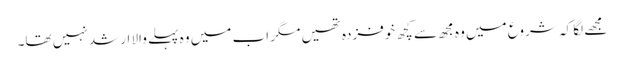
مجھے لگا کہ شروع میں وہ مجھ سے کچھ خوفزدہ تھیں مگر اب میں وہ پہلے والا ارشد نہیں تھا۔